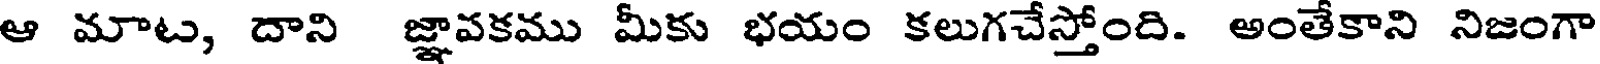
ఆ మాట, దాని జ్ఞావకము మీకు భయం కలుగచేస్తోంది. అంతేకాని నిజంగా